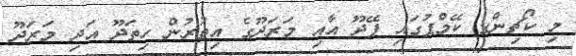
މި ކޯޗިންގ ކޭމްޕުގައި ފޭދޫ އާއި މަރަދޫގެ އިތުރުން ހިތަދޫ އަދި މަރަދޫ